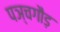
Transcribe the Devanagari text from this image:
पञ्चगौड़